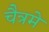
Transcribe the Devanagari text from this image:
चैत्रमे